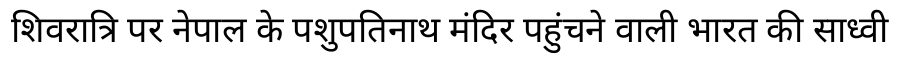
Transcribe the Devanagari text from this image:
शिवरात्रि पर नेपाल के पशुपतिनाथ मंदिर पहुंचने वाली भारत की साध्वी